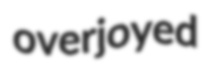
overjoyed